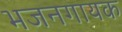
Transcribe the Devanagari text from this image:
भजनगायक